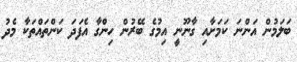
ބަލަމުން އަންނަ ކަމަށާއި ގާނޫނީ އިމުގެ ބޭރުން ހިންގާ އެފަދަ ކަންތައްތަކާ މެދު